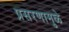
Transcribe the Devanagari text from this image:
प्रसरणामुळे